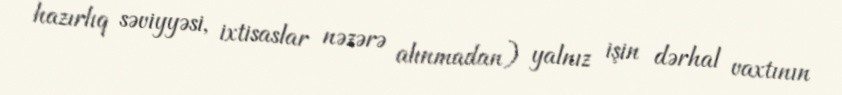
hazırlıq səviyyəsi, ixtisaslar nəzərə alınmadan) yalnız işin dərhal vaxtının